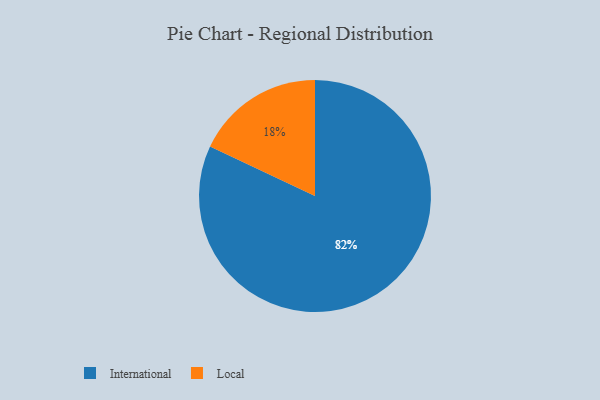
{"axis": {"x": "Category", "y": "Percentage"}, "legend": ["International", "Local"], "data": [{"x": "International", "y": 82, "type": "International"}, {"x": "Local", "y": 18, "type": "Local"}]}